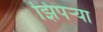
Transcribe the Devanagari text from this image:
झिपर्‍या